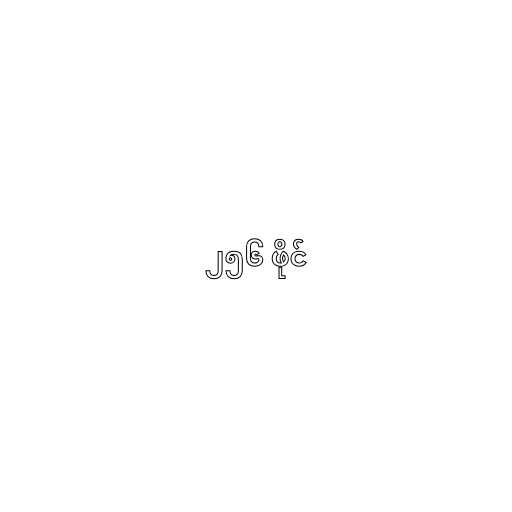
၂၅၆ ဖိုင်